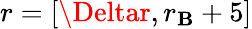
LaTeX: r=[\Deltar,r_{\mathbf{B}}+5]